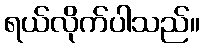
ရယ်လိုက်ပါသည်။